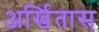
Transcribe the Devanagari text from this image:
अर्खितास